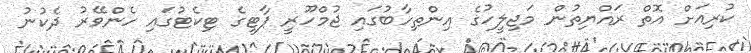
ކުރިއަށް އޮތް ރައްޔިތުން މަޖިލީހުގެ އިންތިހާބުގައި ޖުމްހޫރީ ޕާޓީގެ ޓިކެޓުގައި ހެންވޭރު ދެކުނު